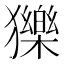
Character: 𤢴